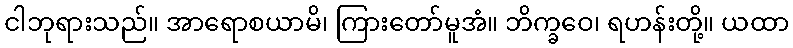
ငါဘုရားသည်။ အာရောစယာမိ၊ ကြားတော်မူအံ။ ဘိက္ခဝေ၊ ရဟန်းတို့။ ယထာ